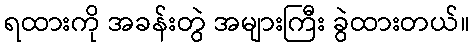
ရထားကို အခန်းတွဲ အများကြီး ခွဲထားတယ်။